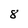
Character: 8